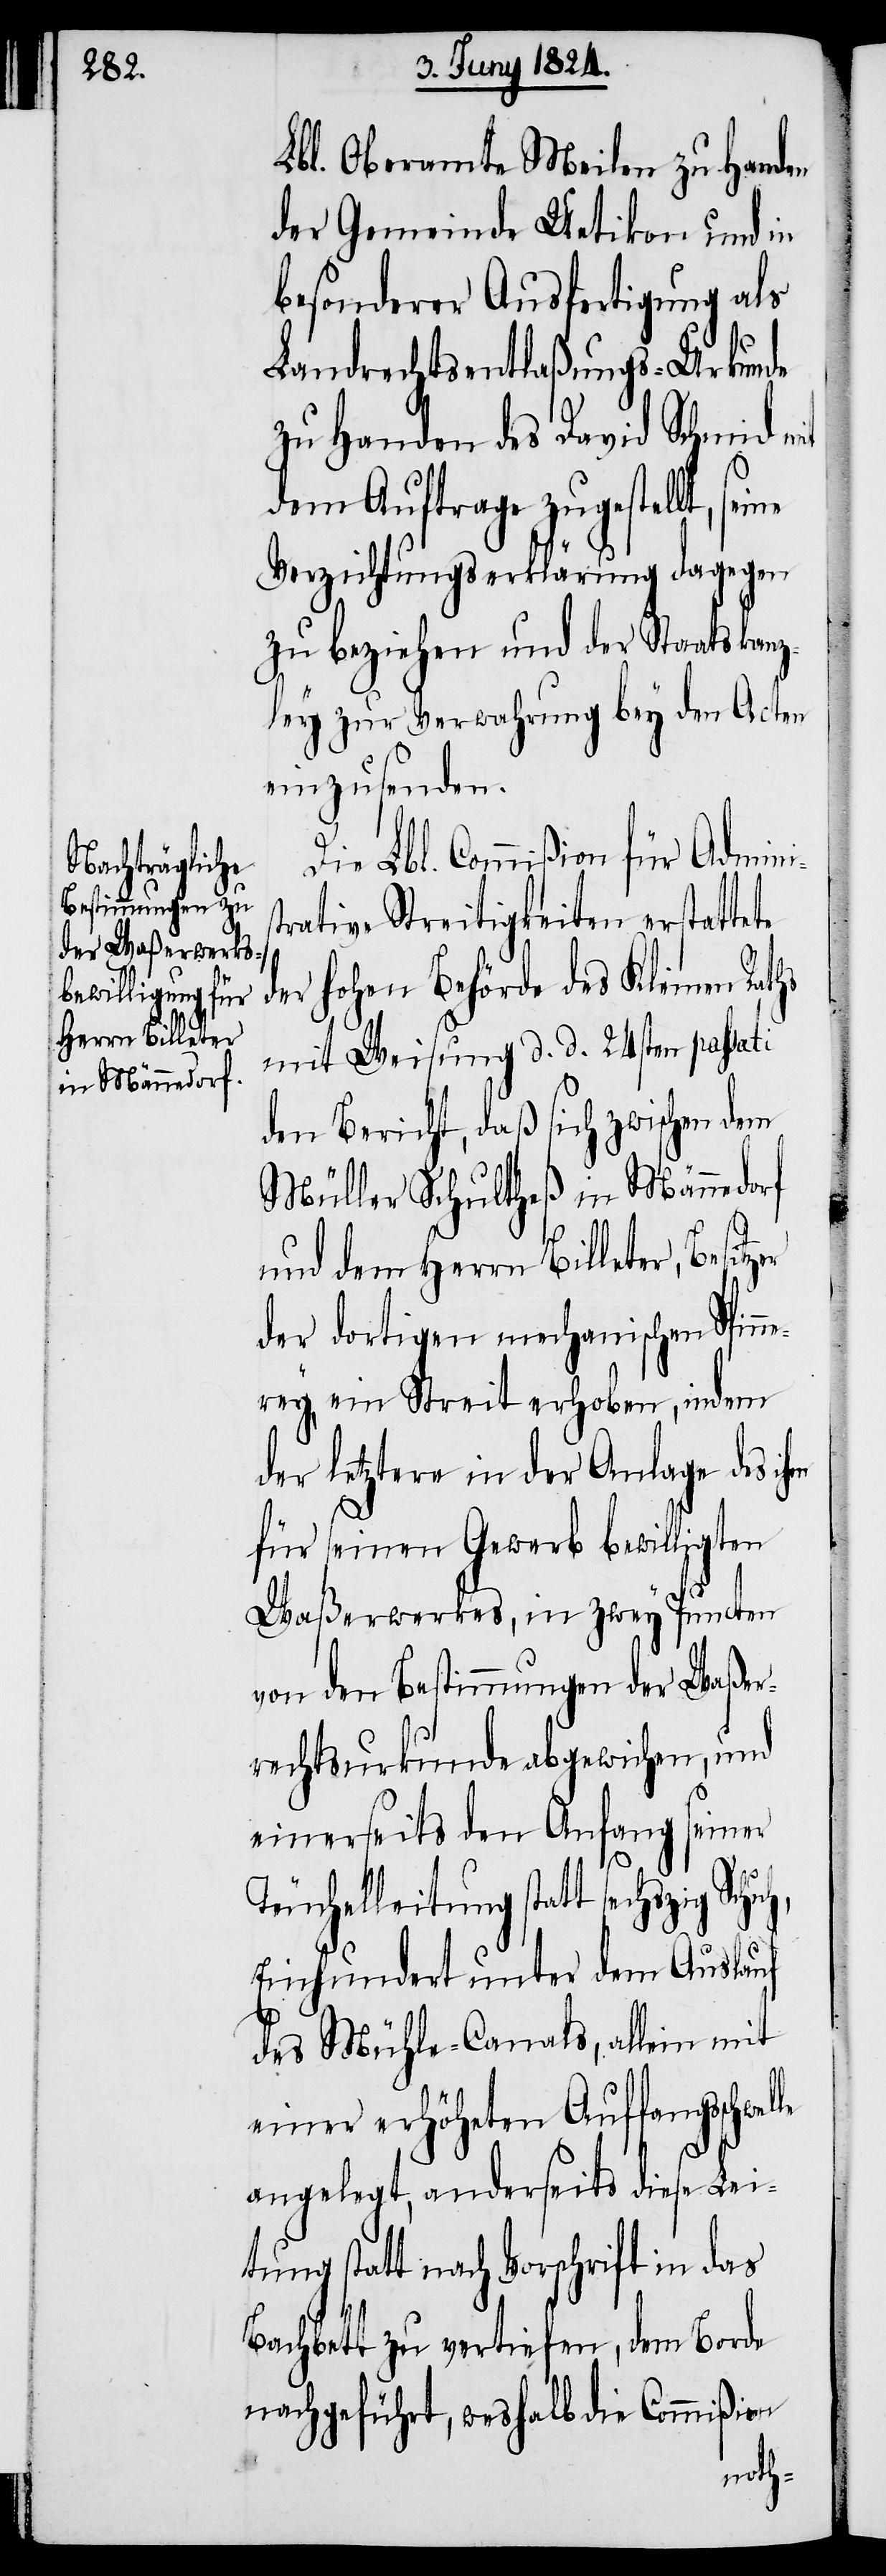
Lbl. Oberamte Meilen zu Handen
der Gemeinde Uetikon und in
besonderer Ausfertigung als
Landrechtsentlaßungs-Urkunde
zu Handen des David Schmid mit
dem Auftrage zugestellt,
Verzichtungserklärung dagegen
zu beziehen und der Staatskanz¬
ley zur Verwahrung bey den Acten
einzusenden.
Die Lbl. Commißion für Admini¬
trative Streitigkeiten erstattete
der hohen Behörde des Kleinen Raths
mit Weisung d. d. 24sten passati
den Bericht, daß sich zwischen dem
Müller Schultheß in Männedorf
und dem Herrn Billeter, Besitz¬
der dortigen mechanischen Spin¬
nerey, ein Streit erhoben, indem
der letztere in der Anlage des ihm
für seinen Gewerb bewilligten
Waßerwerkes, in zwey Puncten
von den Bestimmungen der Waßer¬
rechtsurkunde abgewichen, und
einerseits den Anfang seiner
le
Teuchelleitung statt sechzig Schu¬
Einhundert unter dem Auslauf
des Mühle-Canals, allein mit
einer erhöheten Auffangsschwel¬
angelegt, anderseits diese Lei¬
tung statt nach Vorschrift in das
Bachbett zu vertiefen, dem Borde
nachgeführt, weshalb die Commißion